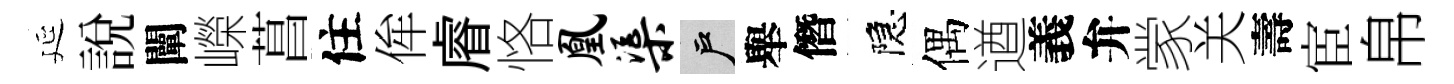
延說闡嶸菖住侔𥈠恪凰渠户舉僭隠偶遒義弁䝉关壽宦帛